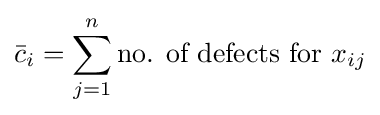
{\bar {c}}_{i}=\sum _{j=1}^{n}{\mbox{no. of defects for }}x_{ij}